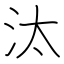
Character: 汰